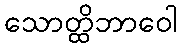
သောတ္ထိဘာဝေါ